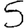
Digit: 5